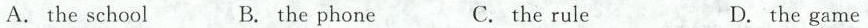
A.the school B.the phone C.the rule D.the game